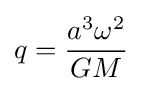
q={\frac {a^{3}\omega ^{2}}{GM}}